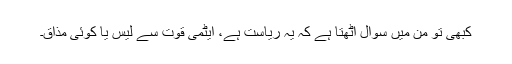
کبھی تو من میں سوال اٹھتا ہے کہ یہ ریاست ہے، ایٹمی قوت سے لیس یا کوئی مذاق۔